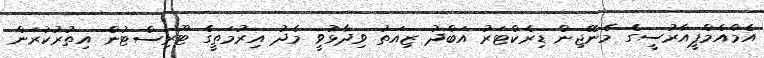
އެމްއެމްޕީއާރުސީގެ މެނޭޖިން ޑިރެކްޓަރު އަބްދު ޒިއަތު ވިދާޅުވީ މެދު އިރުމަތީގެ ޓޫރިސްޓުން އިތުރުކުރަން